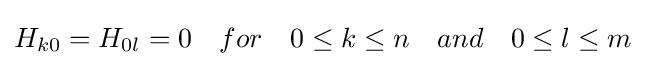
H_{k0}=H_{0l}=0\quad for\quad 0\leq k\leq n\quad and\quad 0\leq l\leq m